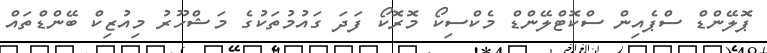
ޕޮލޭންޑް ސްޕެއިން ސްކޮޓްލޭންޑް މެކްސިކޯ މޮރޮކޯ ފަދަ ގައުމުތަކުގެ މަޝްހޫރު މިއުޒިކް ބޭންޑްތައް